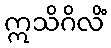
ဣသိဂိလိံ